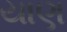
યાણ